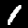
Digit: 1